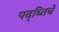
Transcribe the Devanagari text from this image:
पद्ध्तिचे